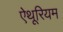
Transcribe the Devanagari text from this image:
ऐथूरियम